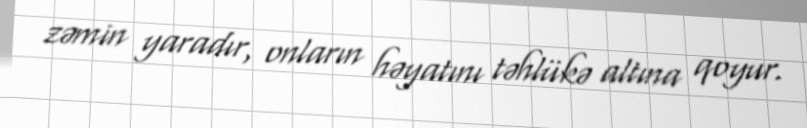
zəmin yaradır, onların həyatını təhlükə altına qoyur.